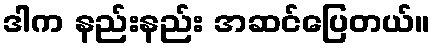
ဒါက နည်းနည်း အဆင်ပြေတယ်။